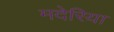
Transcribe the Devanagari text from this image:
मदेरिया